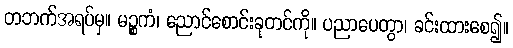
တဘက်အရပ်မှ။ မဉ္စကံ၊ ညောင်စောင်းခုတင်ကို။ ပညာပေတွာ၊ ခင်းထားစေ၍။